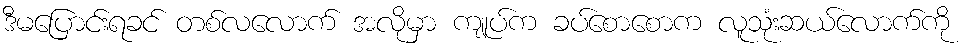
ဒီမပြောင်းရခင် တစ်လလောက် အလိုမှာ ကျုပ်က ခပ်စောစောက လူသုံးဆယ်လောက်ကို